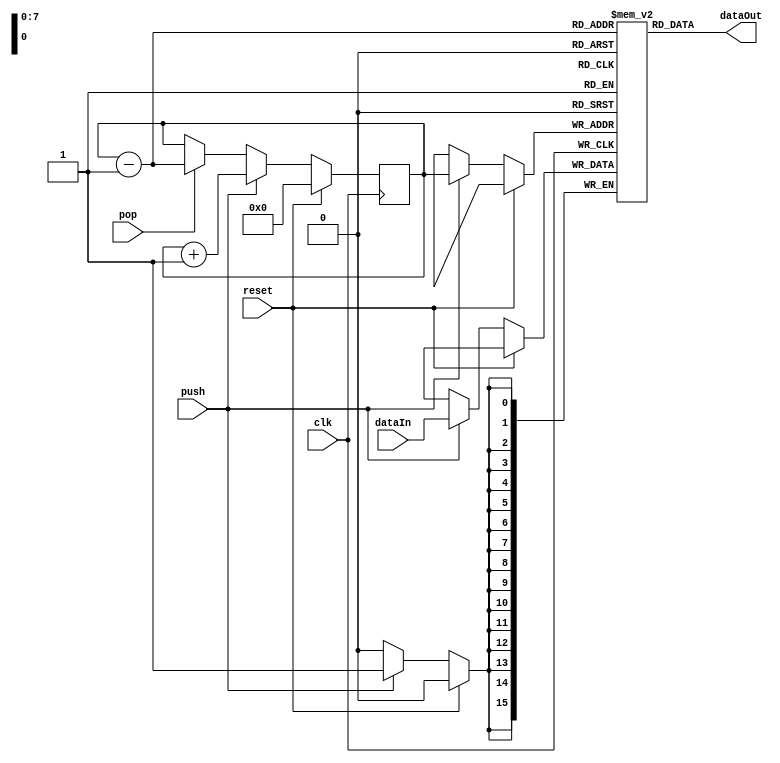
`timescale 1ns / 1ps
//////////////////////////////////////////////////////////////////////////////////
// Company: 
// Engineer: 
// 
// Design Name: 
// Module Name: stack
// Project Name: 
// Target Devices: 
// Tool Versions: 
// Description: 
// 
// Dependencies: 
// 
// Revision:
// Revision 0.01 - File Created
// Additional Comments:
// 
//////////////////////////////////////////////////////////////////////////////////


module stack(
    output [15:0] dataOut,
    input clk, push, pop,
    input [15:0] dataIn,
    input reset
);
parameter SIZE = 8;
reg [15:0] mem [0:1<<SIZE-1];
reg [SIZE-1:0] n = 0;
always @(posedge clk)
    if (reset)
        n = 0;
    else if (push) begin
        mem[n] <= dataIn;
        n <= n + 1;
    end
    else if (pop)
        n <= n - 1;
assign dataOut = mem[n-1];
endmodule